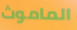
الماموث